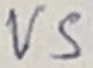
Text: VS